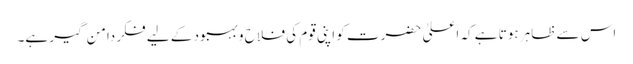
اس سے ظاہر ہوتا ہے کہ اعلیٰ حضرت کو اپنی قوم کی فلاح و بہبود کے لیے فکر دامن گیر ہے۔